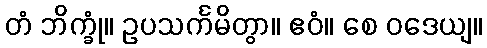
တံ ဘိက္ခုံ။ ဥပသင်္ကမိတွာ။ ဧဝံ။ စေ ဝဒေယျ။